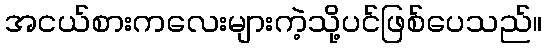
အငယ်စားကလေးများကဲ့သို့ပင်ဖြစ်ပေသည်။